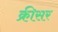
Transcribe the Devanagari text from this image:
क्रीसर